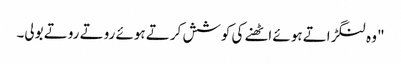
" وہ لنگڑاتے ہوئے اٹھنے کی کوشش کرتے ہوئے روتے روتے بولی۔